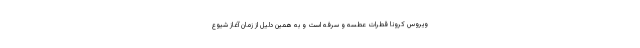
ویروس کرونا قطرات عطسه و سرفه است و به همین دلیل از زمان آغاز شیوع